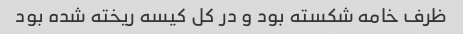
ظرف خامه شکسته بود و در کل کیسه ریخته شده بود